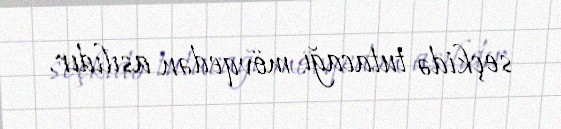
seçkidə tutacağı mövqedən asılıdır.